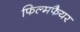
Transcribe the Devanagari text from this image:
फिल्मफैयर